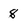
Character: 8